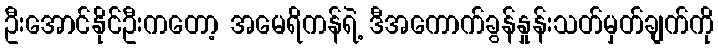
ဦးအောင်နိုင်ဦးကတော့ အမေရိကန်ရဲ့ ဒီအကောက်ခွန်နှုန်းသတ်မှတ်ချက်ကို